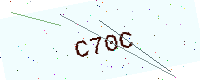
Text: C70C